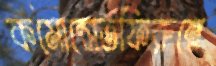
কমোন্সেতফিরুন্নে